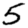
Digit: 5